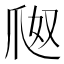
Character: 𤔀